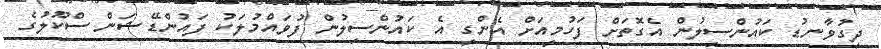
ދިގުވާނޑު ކައުންސިލުން އެގޮތަށް ފަހުމީއަށް އެންގީ އެ ކައުންސިލުން ފުވައްމުލަކު ފައުންޑޭޝަން ސްކޫލުގެ